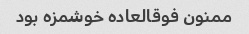
ممنون فوقالعاده خوشمزه بود